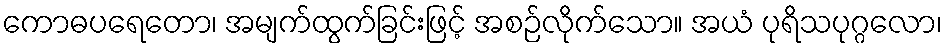
ကောဓပရေတော၊ အမျက်ထွက်ခြင်းဖြင့် အစဉ်လိုက်သော။ အယံ ပုရိသပုဂ္ဂလော၊